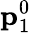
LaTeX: {\mathbf p}_{1}^{0}